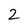
Character: 2